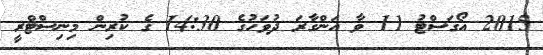
2015 އޯގަސްޓު 11 ވާ އަންގާރަ ދުވަހުގެ 14:30 ގެ ކުރިން މިނިސްޓްރީ